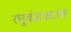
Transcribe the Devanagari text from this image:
रघुवंशकाव्य